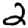
Digit: 2